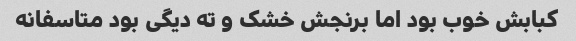
کبابش خوب بود اما برنجش خشک و ته دیگی بود متاسفانه